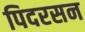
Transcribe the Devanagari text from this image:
पिदरसन